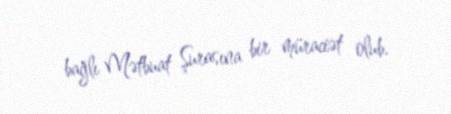
bağlı Mətbuat Şurasına bir müraciət olub.